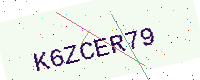
Text: K6ZCER79